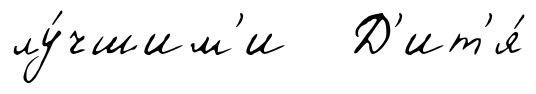
лу́чшим'и Д'ит'я́